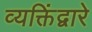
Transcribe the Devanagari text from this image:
व्यक्तिंद्वारे